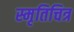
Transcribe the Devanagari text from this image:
स्मृतिचित्र